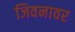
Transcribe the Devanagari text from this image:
जिवनावर